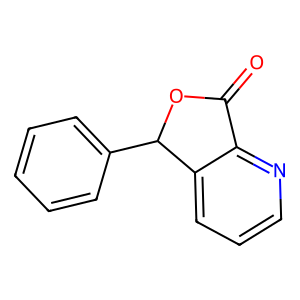
SMILES: O=C1OC(c2ccccc2)c2cccnc21
Inhibits HIV replication: No